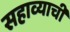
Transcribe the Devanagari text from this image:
सहाव्याची